Lunatic asylums Madras 1877-1891 - 1877-1891
Year: 1877
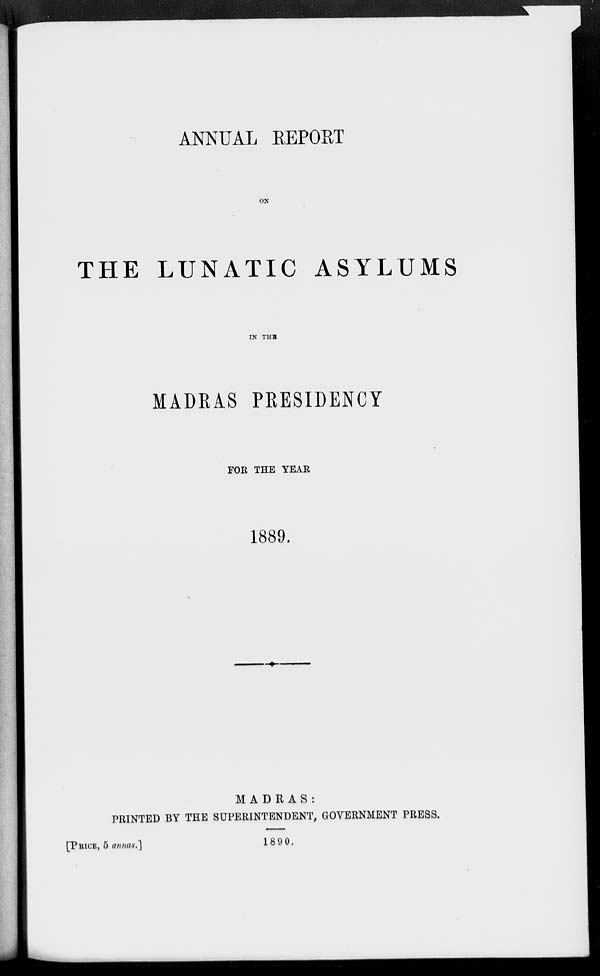
ANNUAL REPORT
ON
THE LUNATIC ASYLUMS
IN THE
MADRAS PRESIDENCY
FOR THE YEAR
1889.
MADRAS:
PRINTED BY THE SUPERINTENDENT, GOVERNMENT PRESS.
[PRICE, 5 annas.]
1890.